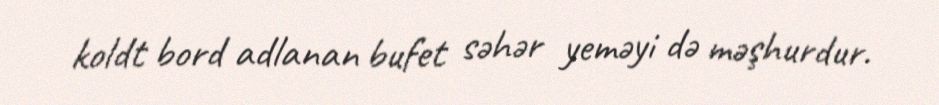
koldt bord adlanan bufet səhər yeməyi də məşhurdur.